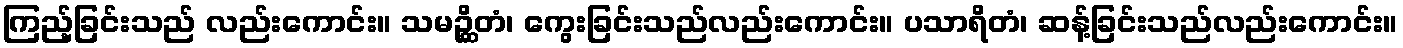
ကြည့်ခြင်းသည် လည်းကောင်း။ သမဉ္ဆိတံ၊ ကွေးခြင်းသည်လည်းကောင်း။ ပသာရိတံ၊ ဆန့်ခြင်းသည်လည်းကောင်း။